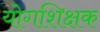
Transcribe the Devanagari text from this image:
योगशिक्षक